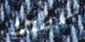
سلطتك